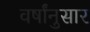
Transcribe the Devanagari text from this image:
वर्षांनुसार